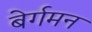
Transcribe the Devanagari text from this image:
बेर्गमन